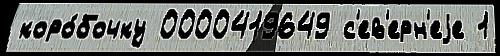
коро́бочку 0000419649 с'ев'ерн'еjе 1